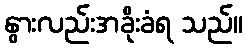
နွားလည်းအခိုးခံရ သည်။